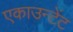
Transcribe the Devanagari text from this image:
एकाउन्टेंट